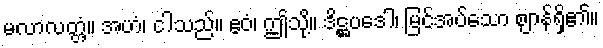
မလာလတ္တံ့။ အဟံ၊ ငါသည်။ ဧဝံ၊ ဤသို့။ ဒိဋ္ဌပဒေါ၊ မြင်အပ်သော ဈာန်ရှိ၏။